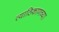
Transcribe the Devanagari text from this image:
त्याठिकाणच्या